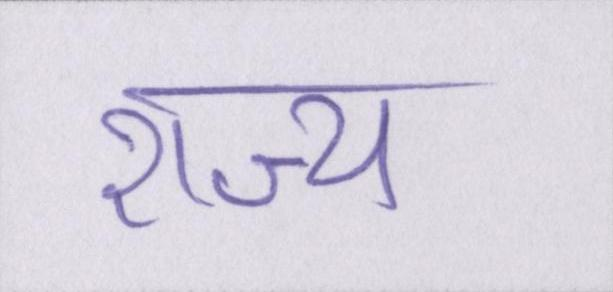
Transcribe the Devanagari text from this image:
राज्य